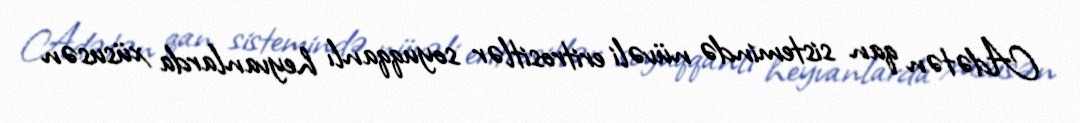
Adətən qan sistemində nüvəli eritrositlər soyuqqanlı heyvanlarda xüsusən